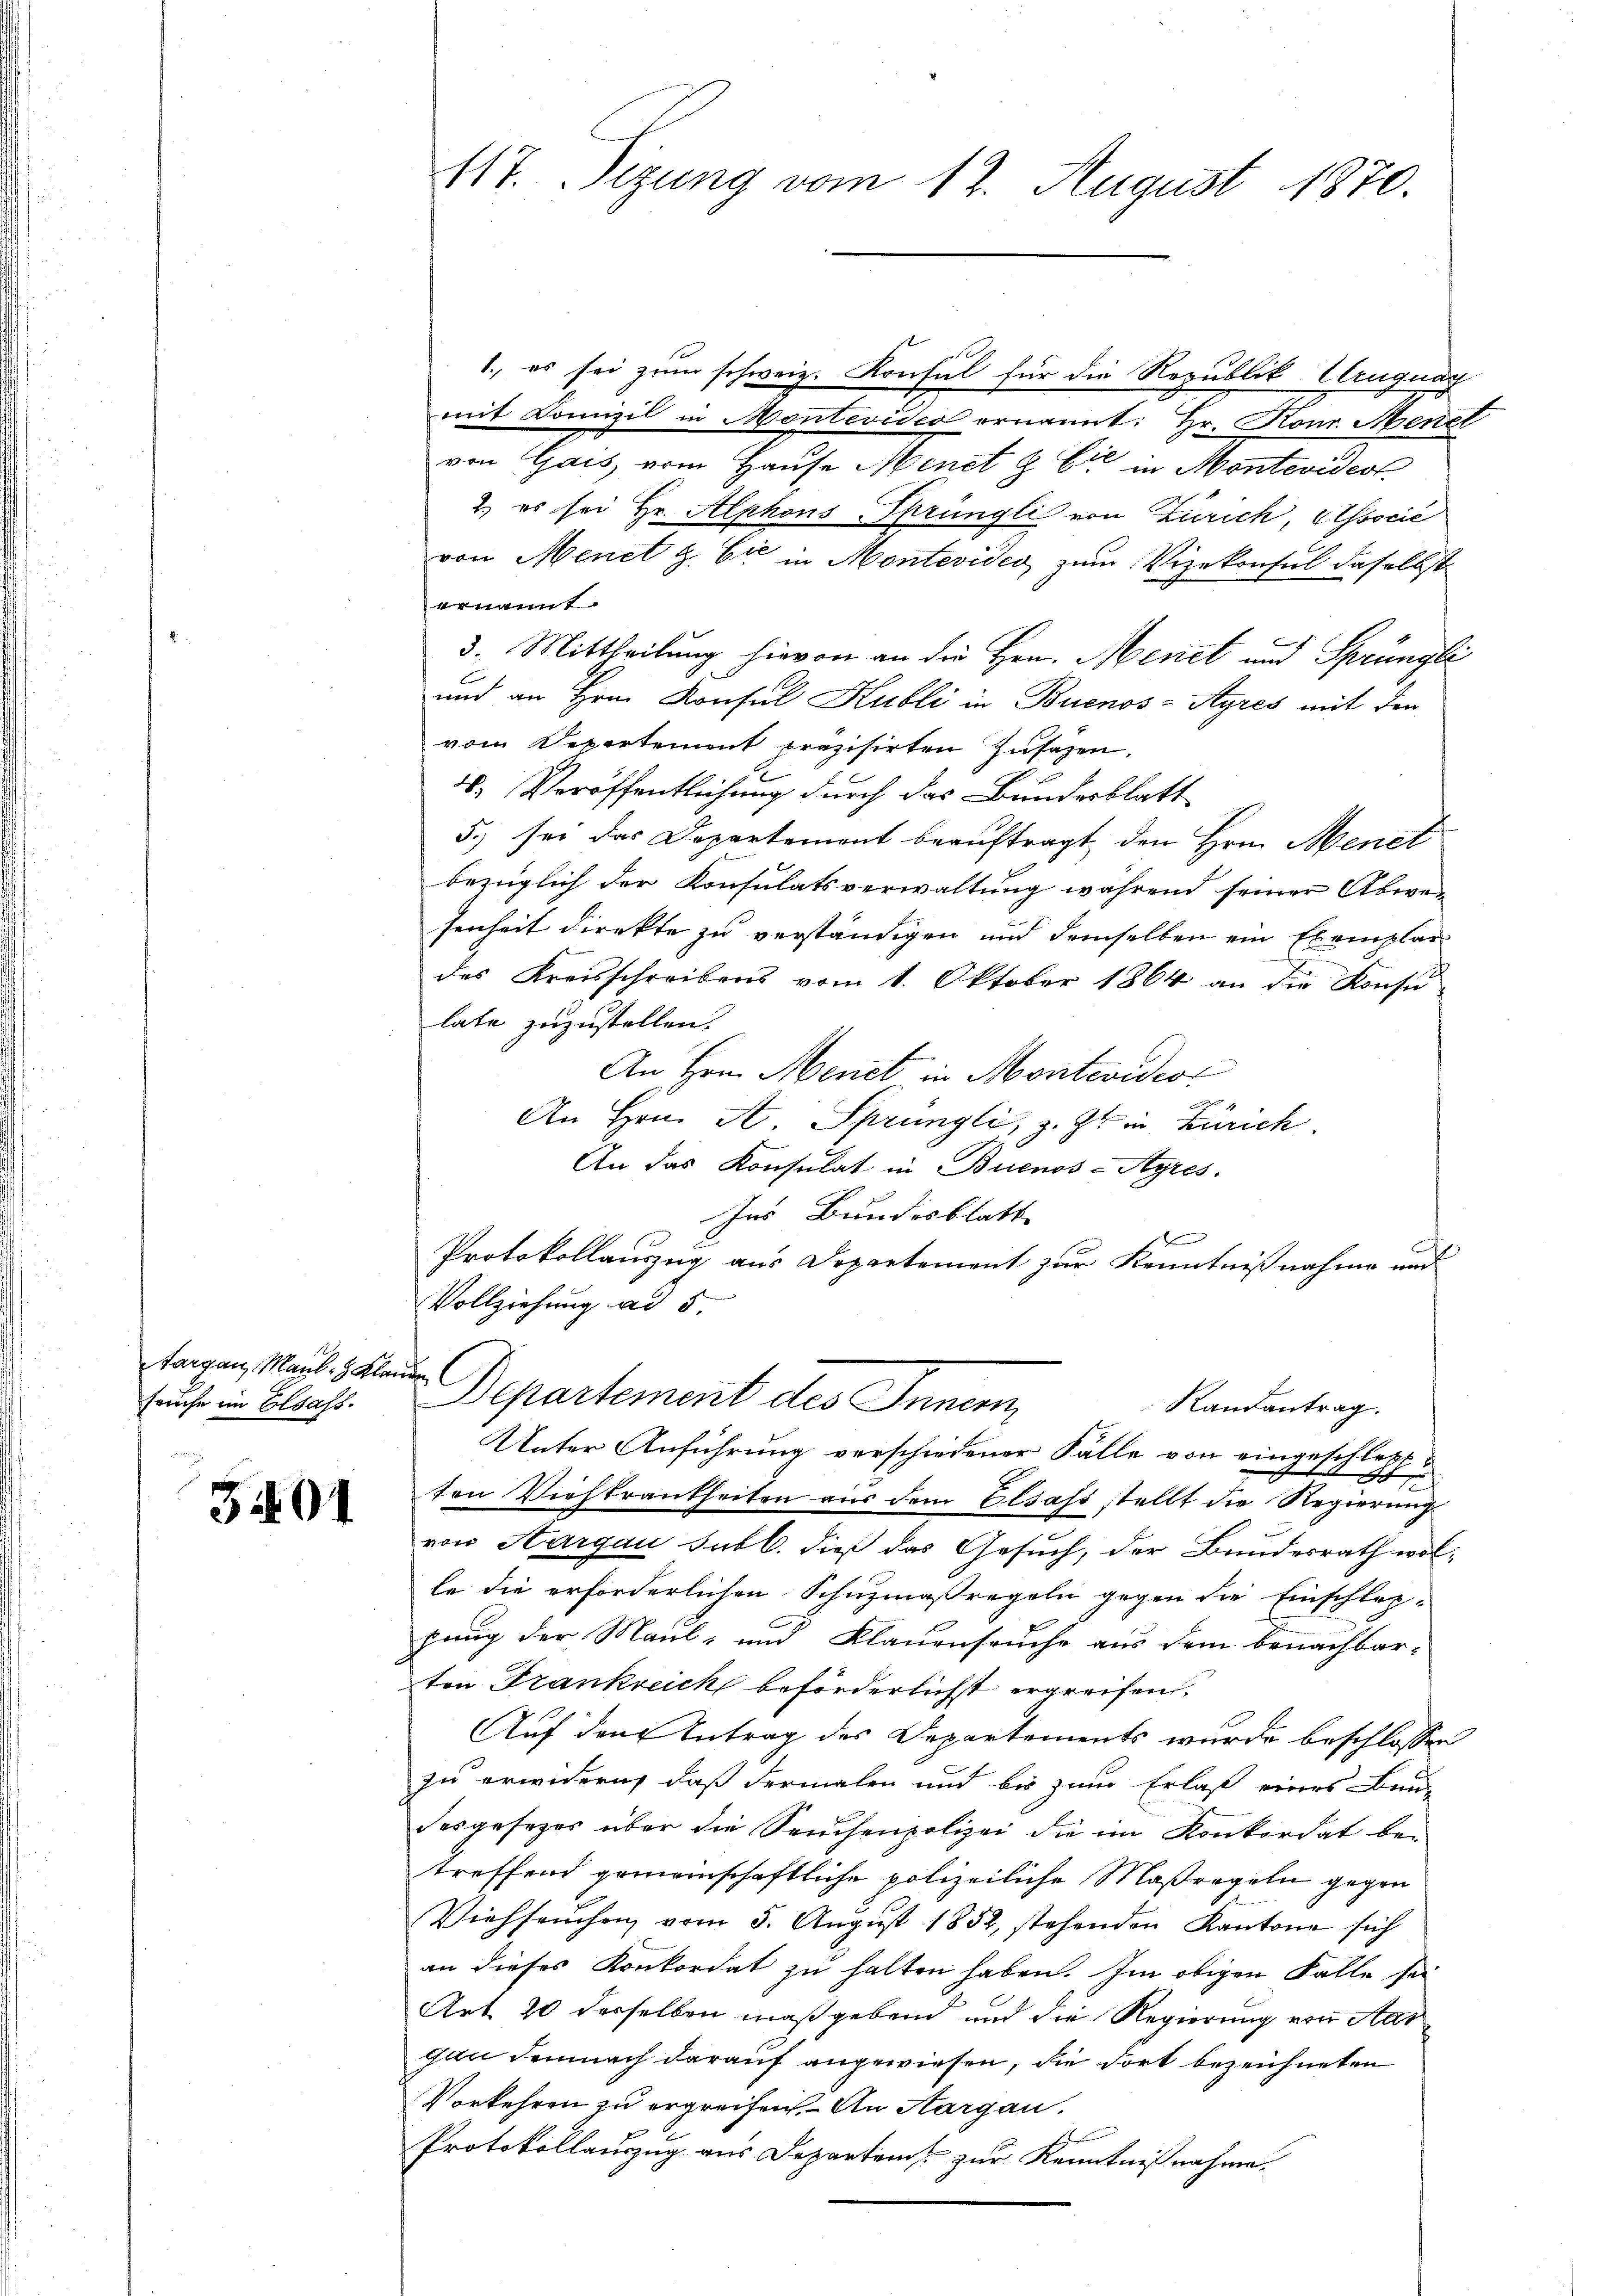
Aargau, Maul- & Klar
fruche im Elsass.

3401

117. Sizung vom 12. August 1870.

G
1., es sei zum schweiz. Konsul für die Republik Uruguar
mit Konzil in Montevideo ernannt: Hr. Konr. Mener
von Gais, vom Hause Menet & Cie in Montevideot
2.) es sei Hr. Alphons Sprüngli von Zürich, Associé
von Menet & Cie Montevides zum Vizekonsul daselbst
vereit
3. Mittheilung hievon an die Hrn. Menet und Sprüngli
und an Hrn. Konsul Kubli in Buenos-Ayres mit den
vom Departement präzisirten Zusagen.
4. Veröffentlichung durch das Bundesblatt
5.) sei das Departement beauftragt, den Hrn. Menet
bezüglich der Konsulatsverwaltung während seiner Abwesenheit direkte zu verständigen und demselben ein Exemplar
des Kreisschreibens vom 1. Oktober 1864 an die Konse-
late zuzustellen.
An Hrn. Menet in Montevideo
An Hrn. A. Sprüngli, z. Zt. in Zürich.
An das Konsulat in Buenos-Ayres.
Ins Bundesblatt |
x
Protokollauszug aus Departement zur Kenntnißnahme und
Vollziehung ad 5.
l
Departement des Inner,
Randantrag.
Unter Anführung verschiedener Fälle von eingeschlechton Viehkrankheiten aus dem Elsass stellt die Regierung
von Aargau subl. dieß das Gesuch, der Bundesrath wolle die erforderlichen Schuzmaßregeln gegen die Einschlag-
pung der Maul- und Klauenseuche aus dem benachbar-
ten Frankreich beförderlichst ergreifen.
Auf den Antrag des Departements wurde beschlossen
zu erwiderich, daß dermalen und bis zum Erlaß eines Bau-
desgesetzes über die Seuchenpolizei die im Konkordat be-
treffend gemeinschaftliche polizeiliche Maßregeln gegen
Viehseuchen vom 5. August 1852, stehenden Kantone sich
an dieses Konkordat zu halten haben. Im obigen Falle sei
Art. 20 desselben maßgebend und die Regierung von Aar
gan demnach darauf angewiesen, die dort bezeichneten
Vorkehren zu ergreifen. An Aargau.
Protokollauszug aus Departen zur Kenntnißnahme.